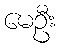
မေဦး